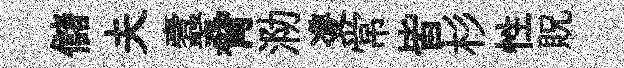
儲夫蠧脅泐㕠常皆杉性貺